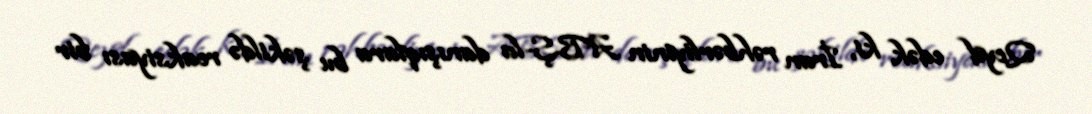
Qeyd edək ki, İran rəhbərliyinin ABŞ-la danışıqlara bu şəkildə reaksiyası bir